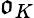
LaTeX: {\mathfrak{o}}_{K}